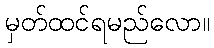
မှတ်ထင်ရမည်လော။